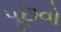
પૂછવો